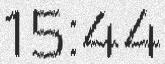
15:44